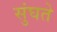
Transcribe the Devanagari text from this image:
सुंघते